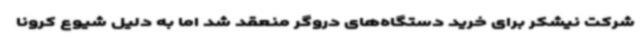
شرکت نیشکر برای خرید دستگاه‌های دروگر منعقد شد اما به دلیل شیوع کرونا